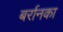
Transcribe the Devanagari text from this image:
बर्रानका